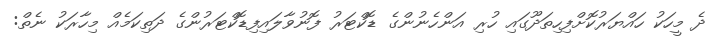
ދެ މީހަކު ހައްޔަރުކޮށްފިހިތަދޫގައި ހުރި އަންހެނުންގެ ޑޮކްޓަރު ފޮނުވާލައިފިޑޮކްޓަރުންގެ ދަތިކަމެއް މިހާރަކު ނެތް: